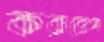
করারোপ